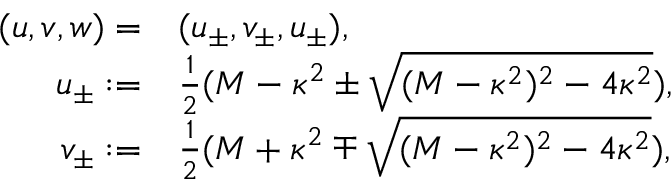
\begin{array} { r l } { ( u , v , w ) = } & { ( u _ { \pm } , v _ { \pm } , u _ { \pm } ) , } \\ { u _ { \pm } : = } & { \frac 1 { 2 } ( M - \kappa ^ { 2 } \pm \sqrt { ( M - \kappa ^ { 2 } ) ^ { 2 } - 4 \kappa ^ { 2 } } ) , } \\ { v _ { \pm } : = } & { \frac 1 { 2 } ( M + \kappa ^ { 2 } \mp \sqrt { ( M - \kappa ^ { 2 } ) ^ { 2 } - 4 \kappa ^ { 2 } } ) , } \end{array}